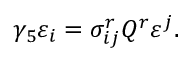
\gamma _ { 5 } \varepsilon _ { i } = \sigma _ { i j } ^ { r } Q ^ { r } \varepsilon ^ { j } .